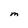
Character: M